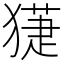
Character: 𤡞